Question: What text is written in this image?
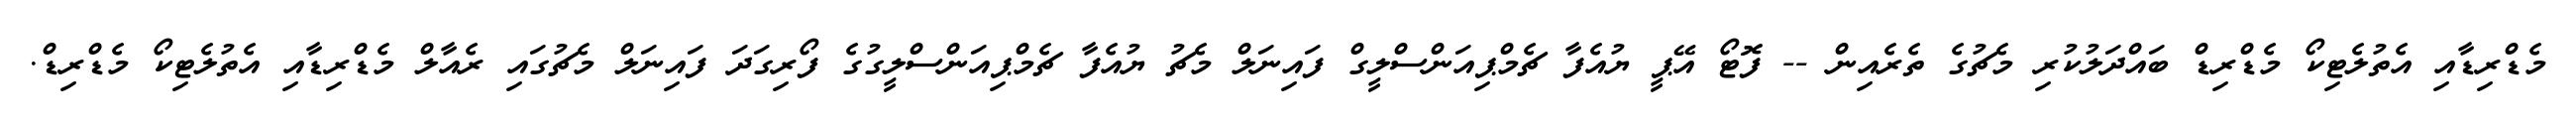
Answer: މެޑްރިޑާއި އެތުލެޓިކޯ މެޑްރިޑް ބައްދަލުކުރި މެޗުގެ ތެރެއިން -- ފޮޓޯ އޭޕީ ޔުއެފާ ޗެމްޕިއަންސްލީގް ފައިނަލް މެޗު ޔުއެފާ ޗެމްޕިއަންސްލީގުގެ ފޯރިގަދަ ފައިނަލް މެޗުގައި ރެއާލް މެޑްރިޑާއި އެތުލެޓިކޯ މެޑްރިޑް.